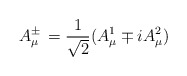
\begin{align*} A^{\pm}_{\mu}\, = \frac{1}{\sqrt{2}}(A_{\mu}^{1}\mp i A_{\mu}^{2})\end{align*}